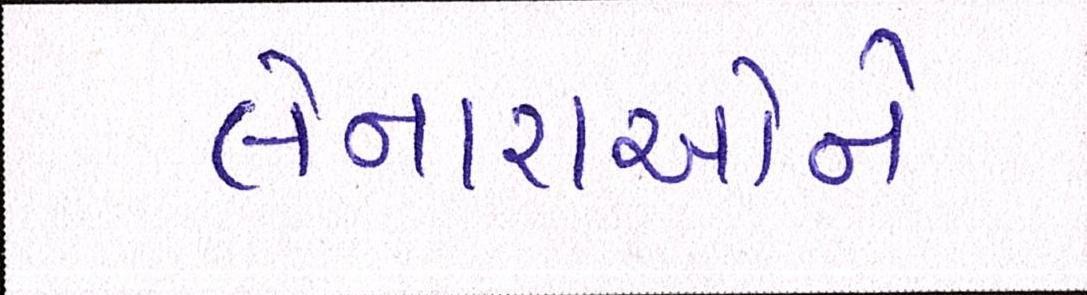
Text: લેનારાઓને